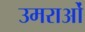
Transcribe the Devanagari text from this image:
उमराओं